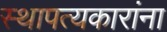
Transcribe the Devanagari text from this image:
स्थापत्यकारांना